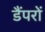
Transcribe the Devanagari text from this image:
डैंपरों